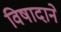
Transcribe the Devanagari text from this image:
विषादाने